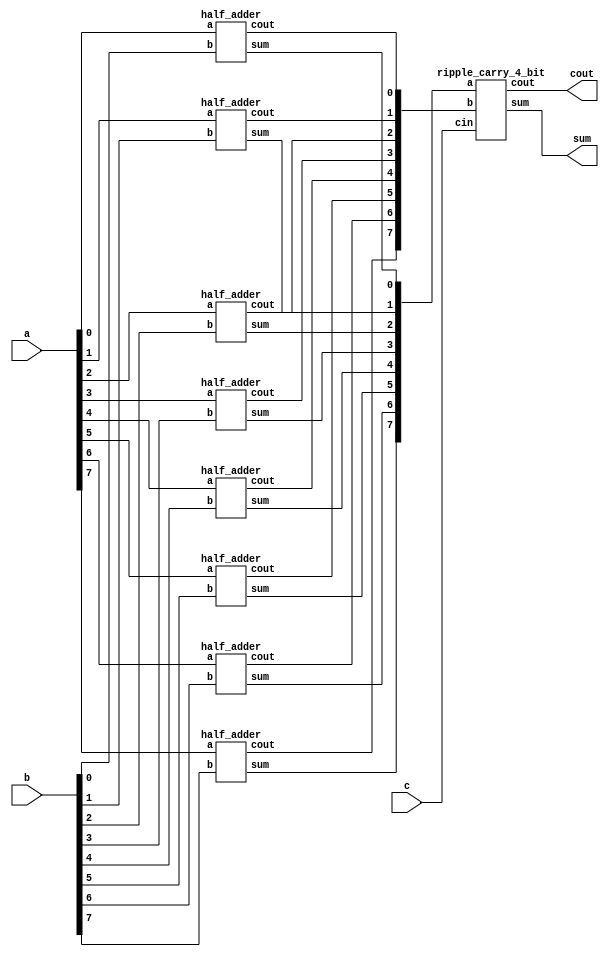
module carry_save_adder(a,b,c,sum,cout);
 	input [7:0] a, b;
	input c;
	output [7:0] sum;
	output cout;
 
	wire [7:0] s0,s1;
	wire [7:0] c0, c1;

	//1st Statge
	half_adder fa0( .a(a[0]), .b(b[0]), .sum(s0[0]), .cout(c0[0]));
	half_adder fa1( .a(a[1]), .b(b[1]), .sum(s0[1]), .cout(c0[1]));
	half_adder fa2( .a(a[2]), .b(b[2]), .sum(s0[2]), .cout(c0[2]));
	half_adder fa3( .a(a[3]), .b(b[3]), .sum(s0[3]), .cout(c0[3]));
	half_adder fa4( .a(a[4]), .b(b[4]), .sum(s0[4]), .cout(c0[4]));
	half_adder fa5( .a(a[5]), .b(b[5]), .sum(s0[5]), .cout(c0[5]));
	half_adder fa6( .a(a[6]), .b(b[6]), .sum(s0[6]), .cout(c0[6]));
	half_adder fa7( .a(a[7]), .b(b[7]), .sum(s0[7]), .cout(c0[7]));

	//2nd Stage
	// full_adder fa4( .a(d[0]), .b(s0[0]), .cin(1'b0), .sum(sum[0]), .cout(c1[0]));
	// full_adder fa5( .a(d[1]), .b(s0[1]), .cin(c0[0]), .sum(s1[0]), .cout(c1[1]));
	// full_adder fa6( .a(d[2]), .b(s0[2]), .cin(c0[1]), .sum(s1[1]), .cout(c1[2]));
	// full_adder fa7( .a(d[3]), .b(s0[3]), .cin(c0[2]), .sum(s1[2]), .cout(c1[3]));


	 ripple_carry_4_bit rca1 (.a(s0[7:0]), .b(c0[7:0]), .cin(c), .sum(sum[7:0]), .cout(cout));

endmodule

////////////////////////////////////
//4-bit Ripple Carry Adder
////////////////////////////////////
 
module ripple_carry_4_bit(a, b, cin, sum, cout);
	input [7:0] a,b;
	input cin;
	wire c1,c2,c3, c4, c5, c6, c7;
	output [7:0] sum;
	output cout;
	 
	full_adder fa0(.a(a[0]), .b(b[0]),.cin(cin), .sum(sum[0]),.cout(c1));
	full_adder fa1(.a(a[1]), .b(b[1]), .cin(c1), .sum(sum[1]),.cout(c2));
	full_adder fa2(.a(a[2]), .b(b[2]), .cin(c2), .sum(sum[2]),.cout(c3));
	full_adder fa3(.a(a[3]), .b(b[3]), .cin(c3), .sum(sum[3]),.cout(c4));
	full_adder fa4(.a(a[4]), .b(b[4]), .cin(c4), .sum(sum[4]),.cout(c5));
	full_adder fa5(.a(a[5]), .b(b[5]), .cin(c5), .sum(sum[5]),.cout(c6));
	full_adder fa6(.a(a[6]), .b(b[6]), .cin(c6), .sum(sum[6]),.cout(c7));
	full_adder fa7(.a(a[7]), .b(b[7]), .cin(c7), .sum(sum[7]),.cout(cout));
endmodule
 

////////////////////////////////////////////
//1bit Full Adder
///////////////////////////////////////////
module full_adder(a,b,cin,sum, cout);
	input a,b,cin;
	output sum, cout;
	wire x,y,z;
	half_adder  h1(.a(a), .b(b), .sum(x), .cout(y));
	half_adder  h2(.a(x), .b(cin), .sum(sum), .cout(z));
	assign cout= y|z;
endmodule
///////////////////////////////////////////
// 1 bit Half Adder
////////////////////////////////////////////
module half_adder( a,b, sum, cout );
	input a,b;
	output sum,  cout;
	assign sum= a^b;
	assign cout= a & b;
endmodule